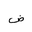
Letter: _dad